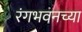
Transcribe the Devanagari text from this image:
रंगभवनच्या